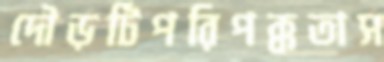
দৌড়টিপরিপক্কতাস